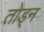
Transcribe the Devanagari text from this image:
तोड्न